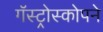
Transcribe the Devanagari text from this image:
गॅस्ट्रोस्कोपने